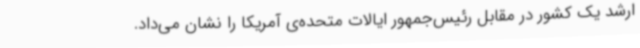
ارشد یک کشور در مقابل رئیس‌جمهور ایالات متحده‌ی آمریکا را نشان می‌داد.